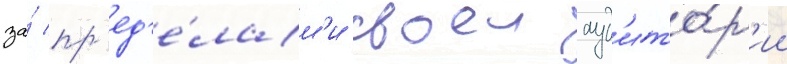
за́ пр'ед'е́лам'и своеи ауд'ито́р'ии